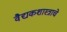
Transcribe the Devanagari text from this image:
वैद्यकशास्त्राचे